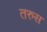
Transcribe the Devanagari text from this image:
तरुस